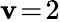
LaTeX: \mathbf{v}\! =\! 2